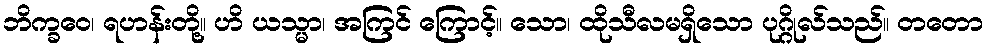
ဘိက္ခဝေ၊ ရဟန်းတို့။ ဟိ ယသ္မာ၊ အကြင် ကြောင့်။ သော၊ ထိုသီလမရှိသော ပုဂ္ဂိုလ်သည်။ တတော